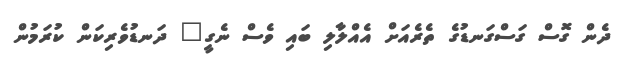
ދެން ގޮސް ގަސްގަނޑުގެ ތެރެއަށް އެއްލާލި ބައި ވެސް ނެގީ" ދަނޑުވެރިކަން ކުރަމުން